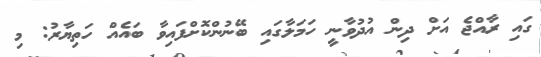
ގައި ރާއްޖެ އަށް ދިން އުދުވާނީ ހަމަލާގައި ބޭނުންކޮށްފައިވާ ބައެއް ހަތިޔާރު: މި